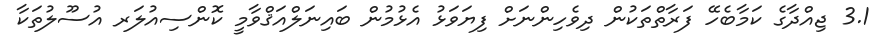
3.1 ޖިއްދާގެ ކަމާބެހޭ ފަރާތްތަކުން ދިވެހިންނަށް ފިޔަވަޅު އެޅުމުން ބައިނަލްއަޤްވާމީ ކޮންސިއުލަރ އުސޫލުތަކާ